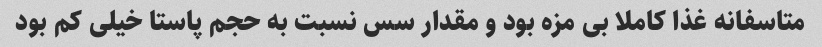
متاسفانه غذا کاملا بی مزه بود و مقدار سس نسبت به حجم پاستا خیلی کم بود